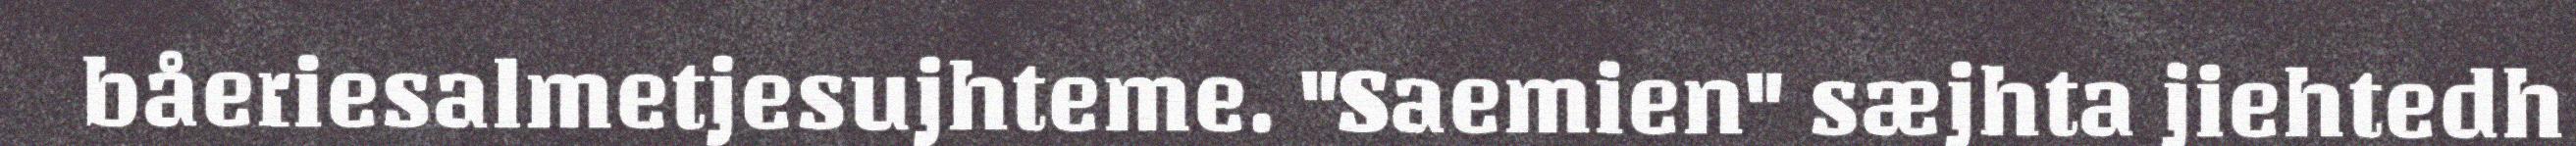
båeriesalmetjesujhteme. "Saemien" sæjhta jiehtedh